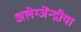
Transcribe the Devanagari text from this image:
अलेग्जेंन्द्रीया